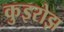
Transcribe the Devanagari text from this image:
कुइरोझ